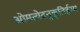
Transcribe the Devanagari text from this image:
ओमत्येदनुकृतिर्हस्म